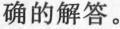
确的解答。